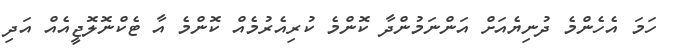
ހަމަ އެހެންމެ ދުނިޔެއަށް އަންނަމުންދާ ކޮންމެ ކުރިއެރުމެއް ކޮންމެ އާ ޓެކްނޮލޮޖީއެއް އަދި